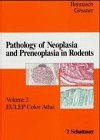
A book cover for Pathology of Neoplasia and Preneoplasia in Rodents; Medical Books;